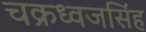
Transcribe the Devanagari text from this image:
चक्रध्वजसिंह